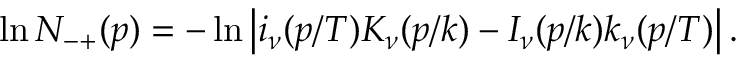
\ln N _ { - + } ( p ) = - \ln \left| i _ { \nu } ( p / T ) K _ { \nu } ( p / k ) - I _ { \nu } ( p / k ) k _ { \nu } ( p / T ) \right| .